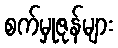
စက်မှုဇုန်များ